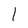
Character: 1